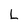
Character: L